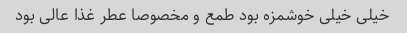
خیلی خیلی خوشمزه بود طمع و مخصوصا عطر غذا عالی بود